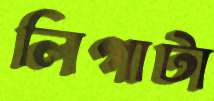
লিগাটা